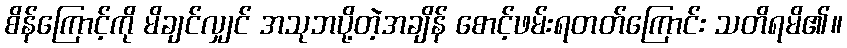
စိန်ကြောင့်ကို မိချင်လျှင် အသုဘပို့တဲ့အချိန် စောင့်ဖမ်းရတတ်ကြောင်း သတိရမိ၏။